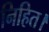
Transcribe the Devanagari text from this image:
निहित।